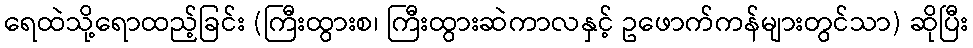
ရေထဲသို့ရောထည့်ခြင်း (ကြီးထွားစ၊ ကြီးထွားဆဲကာလနှင့် ဥဖောက်ကန်များတွင်သာ) ဆိုပြီး